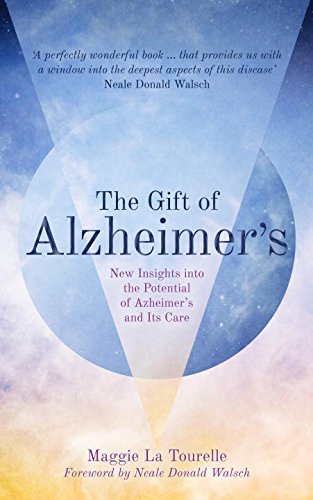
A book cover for The Gift of Alzheimer's: New Insights into the Potential of Alzheimer's and Its Care; Maggie La Tourelle; Health, Fitness & Dieting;